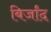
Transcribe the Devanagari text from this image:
बिर्जांद